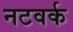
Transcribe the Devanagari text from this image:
नटवर्क